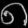
Digit: ၈